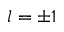
l = \pm 1